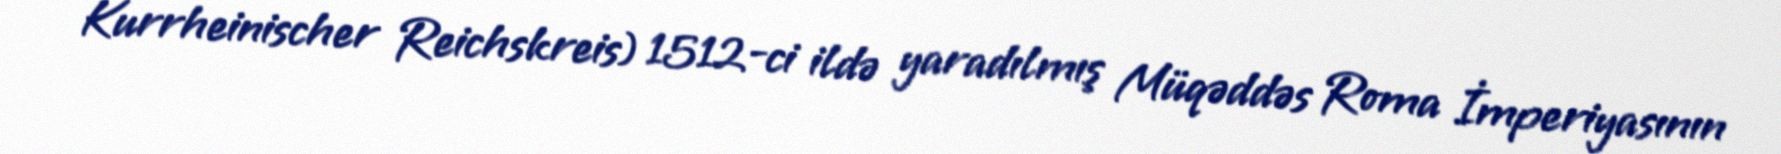
Kurrheinischer Reichskreis) 1512-ci ildə yaradılmış Müqəddəs Roma İmperiyasının